Scottish Leaving Certificate Examination, 1959
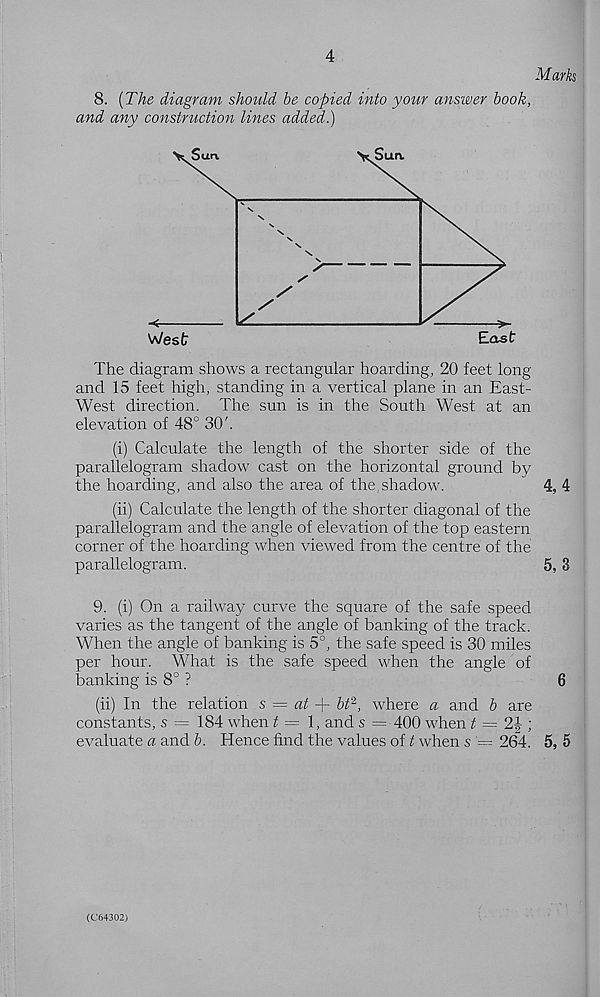
4
Mark
8. [The diagram should be copied into your answer book,
and any construction lines added.)
The diagram shows a rectangular hoarding, 20 feet long
and 15 feet high, standing in a vertical plane in an East-
West direction. The sun is in the South West at an
elevation of 48° 30'.
(i) Calculate the length of the shorter side of the
parallelogram shadow cast on the horizontal ground by
the hoarding, and also the area of the,shadow.
4, 4
(ii) Calculate the length of the shorter diagonal of the
parallelogram and the angle of elevation of the top eastern
corner of the hoarding when viewed from the centre of the
parallelogram.
5, 3
9. (i) On a railway curve the square of the safe speed
varies as the tangent of the angle of banking of the track.
When the angle of banking is 5°, the safe speed is 30 miles
per hour. What is the safe speed when the angle of
banking is 8° ?
6
(ii) In the relation s = at P- bt' 2 , where a and b are
constants, s = 184 when t = \, and s = 400 when C—; 2|;
evaluate a and b. Hence find the values of t when s = 264. 5, 5
(C64302)